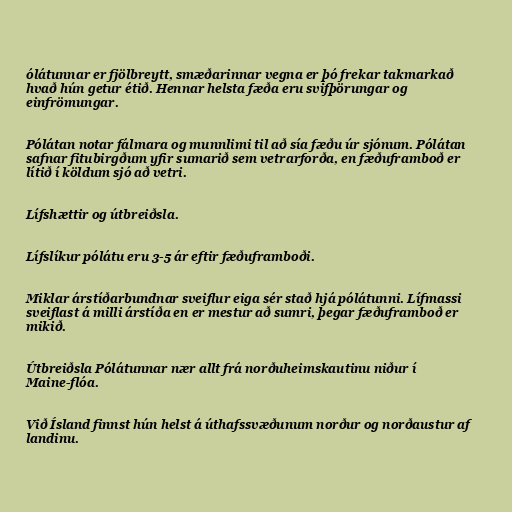
ólátunnar er fjölbreytt, smæðarinnar vegna er þó frekar takmarkað
hvað hún getur étið. Hennar helsta fæða eru svifþörungar og
einfrömungar.

Pólátan notar fálmara og munnlimi til að sía fæðu úr sjónum. Pólátan
safnar fitubirgðum yfir sumarið sem vetrarforða, en fæðuframboð er
lítið í köldum sjó að vetri.

Lífshættir og útbreiðsla.

Lífslíkur pólátu eru 3-5 ár eftir fæðuframboði.

Miklar árstíðarbundnar sveiflur eiga sér stað hjá pólátunni. Lífmassi
sveiflast á milli árstíða en er mestur að sumri, þegar fæðuframboð er
mikið.

Útbreiðsla Pólátunnar nær allt frá norðuheimskautinu niður í
Maine-flóa.

Við Ísland finnst hún helst á úthafssvæðunum norður og norðaustur af
landinu.